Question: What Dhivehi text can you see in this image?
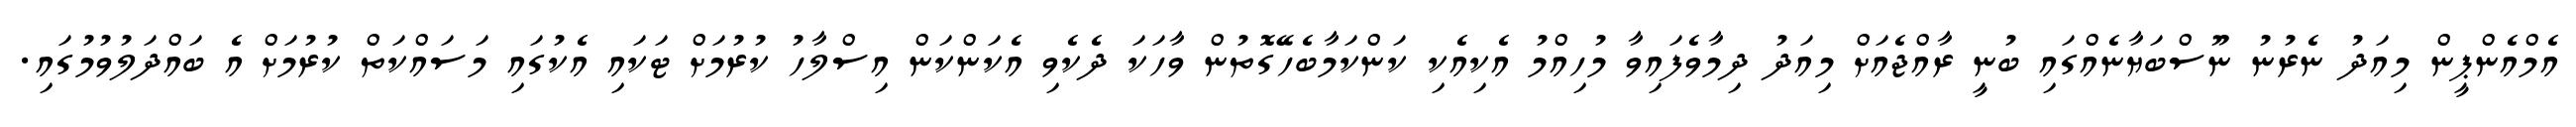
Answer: އެމްއެންޕީން މިއަދު ނެރުނު ނޫސްބަޔާނެއްގައި ބުނީ ރާއްޖެއަށް މިއަދު ދިމާވެފައިވާ މުހިއްމު އެކިއެކި ކަންކަމާބެހޭގޮތުން ވާހަކަ ދެކެވި އެކަންކަން އިސްލާހު ކުރުމަށް ޓަކައި އެކުގައި މަސައްކަތް ކުރުމަށް އެ ބައްދަލުވުމުގައި.